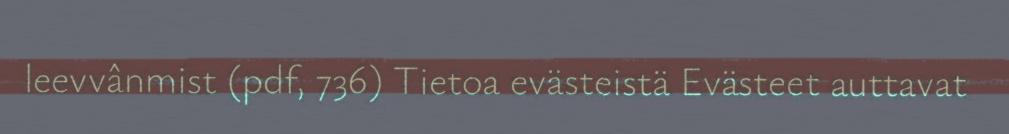
leevvânmist (pdf, 736) Tietoa evästeistä Evästeet auttavat